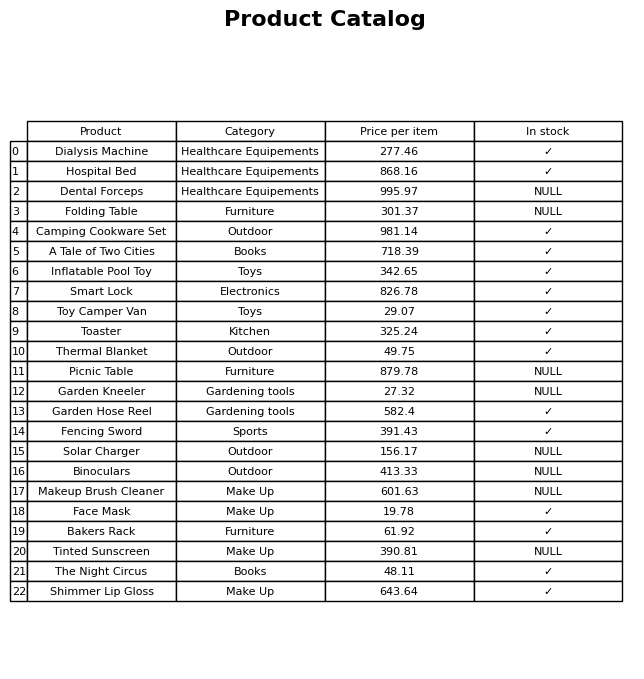
question: What is the price of the Garden Kneeler?
answer: The price of Garden Kneeler is 27.32.